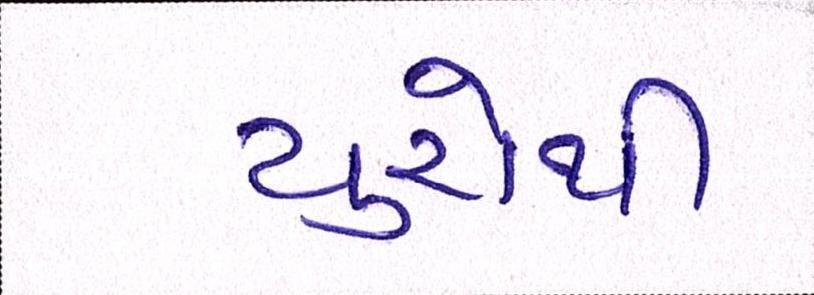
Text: યુરોથી